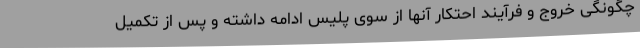
چگونگی خروج و فرآیند احتکار آنها از سوی پلیس ادامه داشته و پس از تکمیل